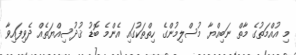
މި އުއްމަތުގެ މާތް ނަބިއްޔާ މުސްލިމުންގެ ހިތްތަކުގައި އެންމެ ބޮޑު ޤުދުސިއްޔަތެއް ދެވިފައިވާ